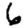
Digit: 6